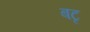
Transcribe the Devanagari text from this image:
बटृ